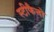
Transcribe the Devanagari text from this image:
स्टीफैनो